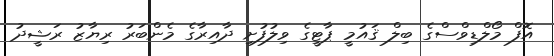
އޮފް މޯލްޑިވްސްގެ ބިލް ޤައުމީ ޕާޓީގެ ވިލުފުށި ދާއިރާގެ މެންބަރު ރިޔާޒު ރަޝީދު